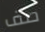
صف